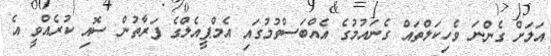
އަލަށް ގެންނަ ވެހިކަލްތައް ގެނައުމުގެ އެއްބަސްވުމުގައި އެމްޕީއެލްގެ ފަރާތުން ސޮއި ކުރެއްވީ އެ